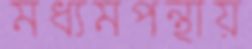
মধ্যমপন্থায়